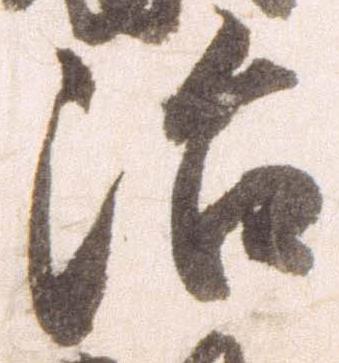
治